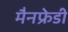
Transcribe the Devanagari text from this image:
मैनफ्रेडी